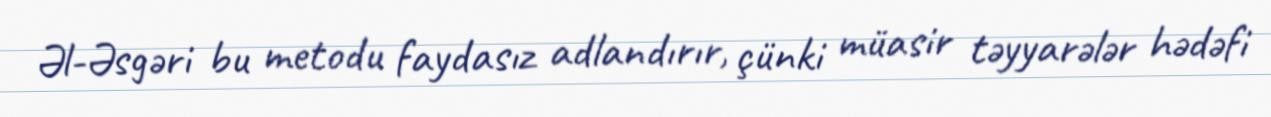
Əl-Əsgəri bu metodu faydasız adlandırır, çünki müasir təyyarələr hədəfi